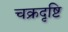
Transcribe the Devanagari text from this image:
चक्रदृष्टि